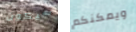
سيكون ويمكنكم